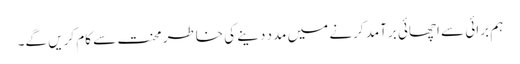
ہم برائی سے اچھائی برآمد کرنے میں مدد دینے کی خاطر محنت سے کام کریں گے۔